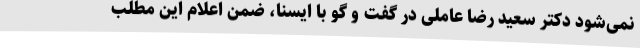
نمی‌شود دکتر سعید رضا عاملی در گفت و گو با ایسنا، ضمن اعلام این مطلب